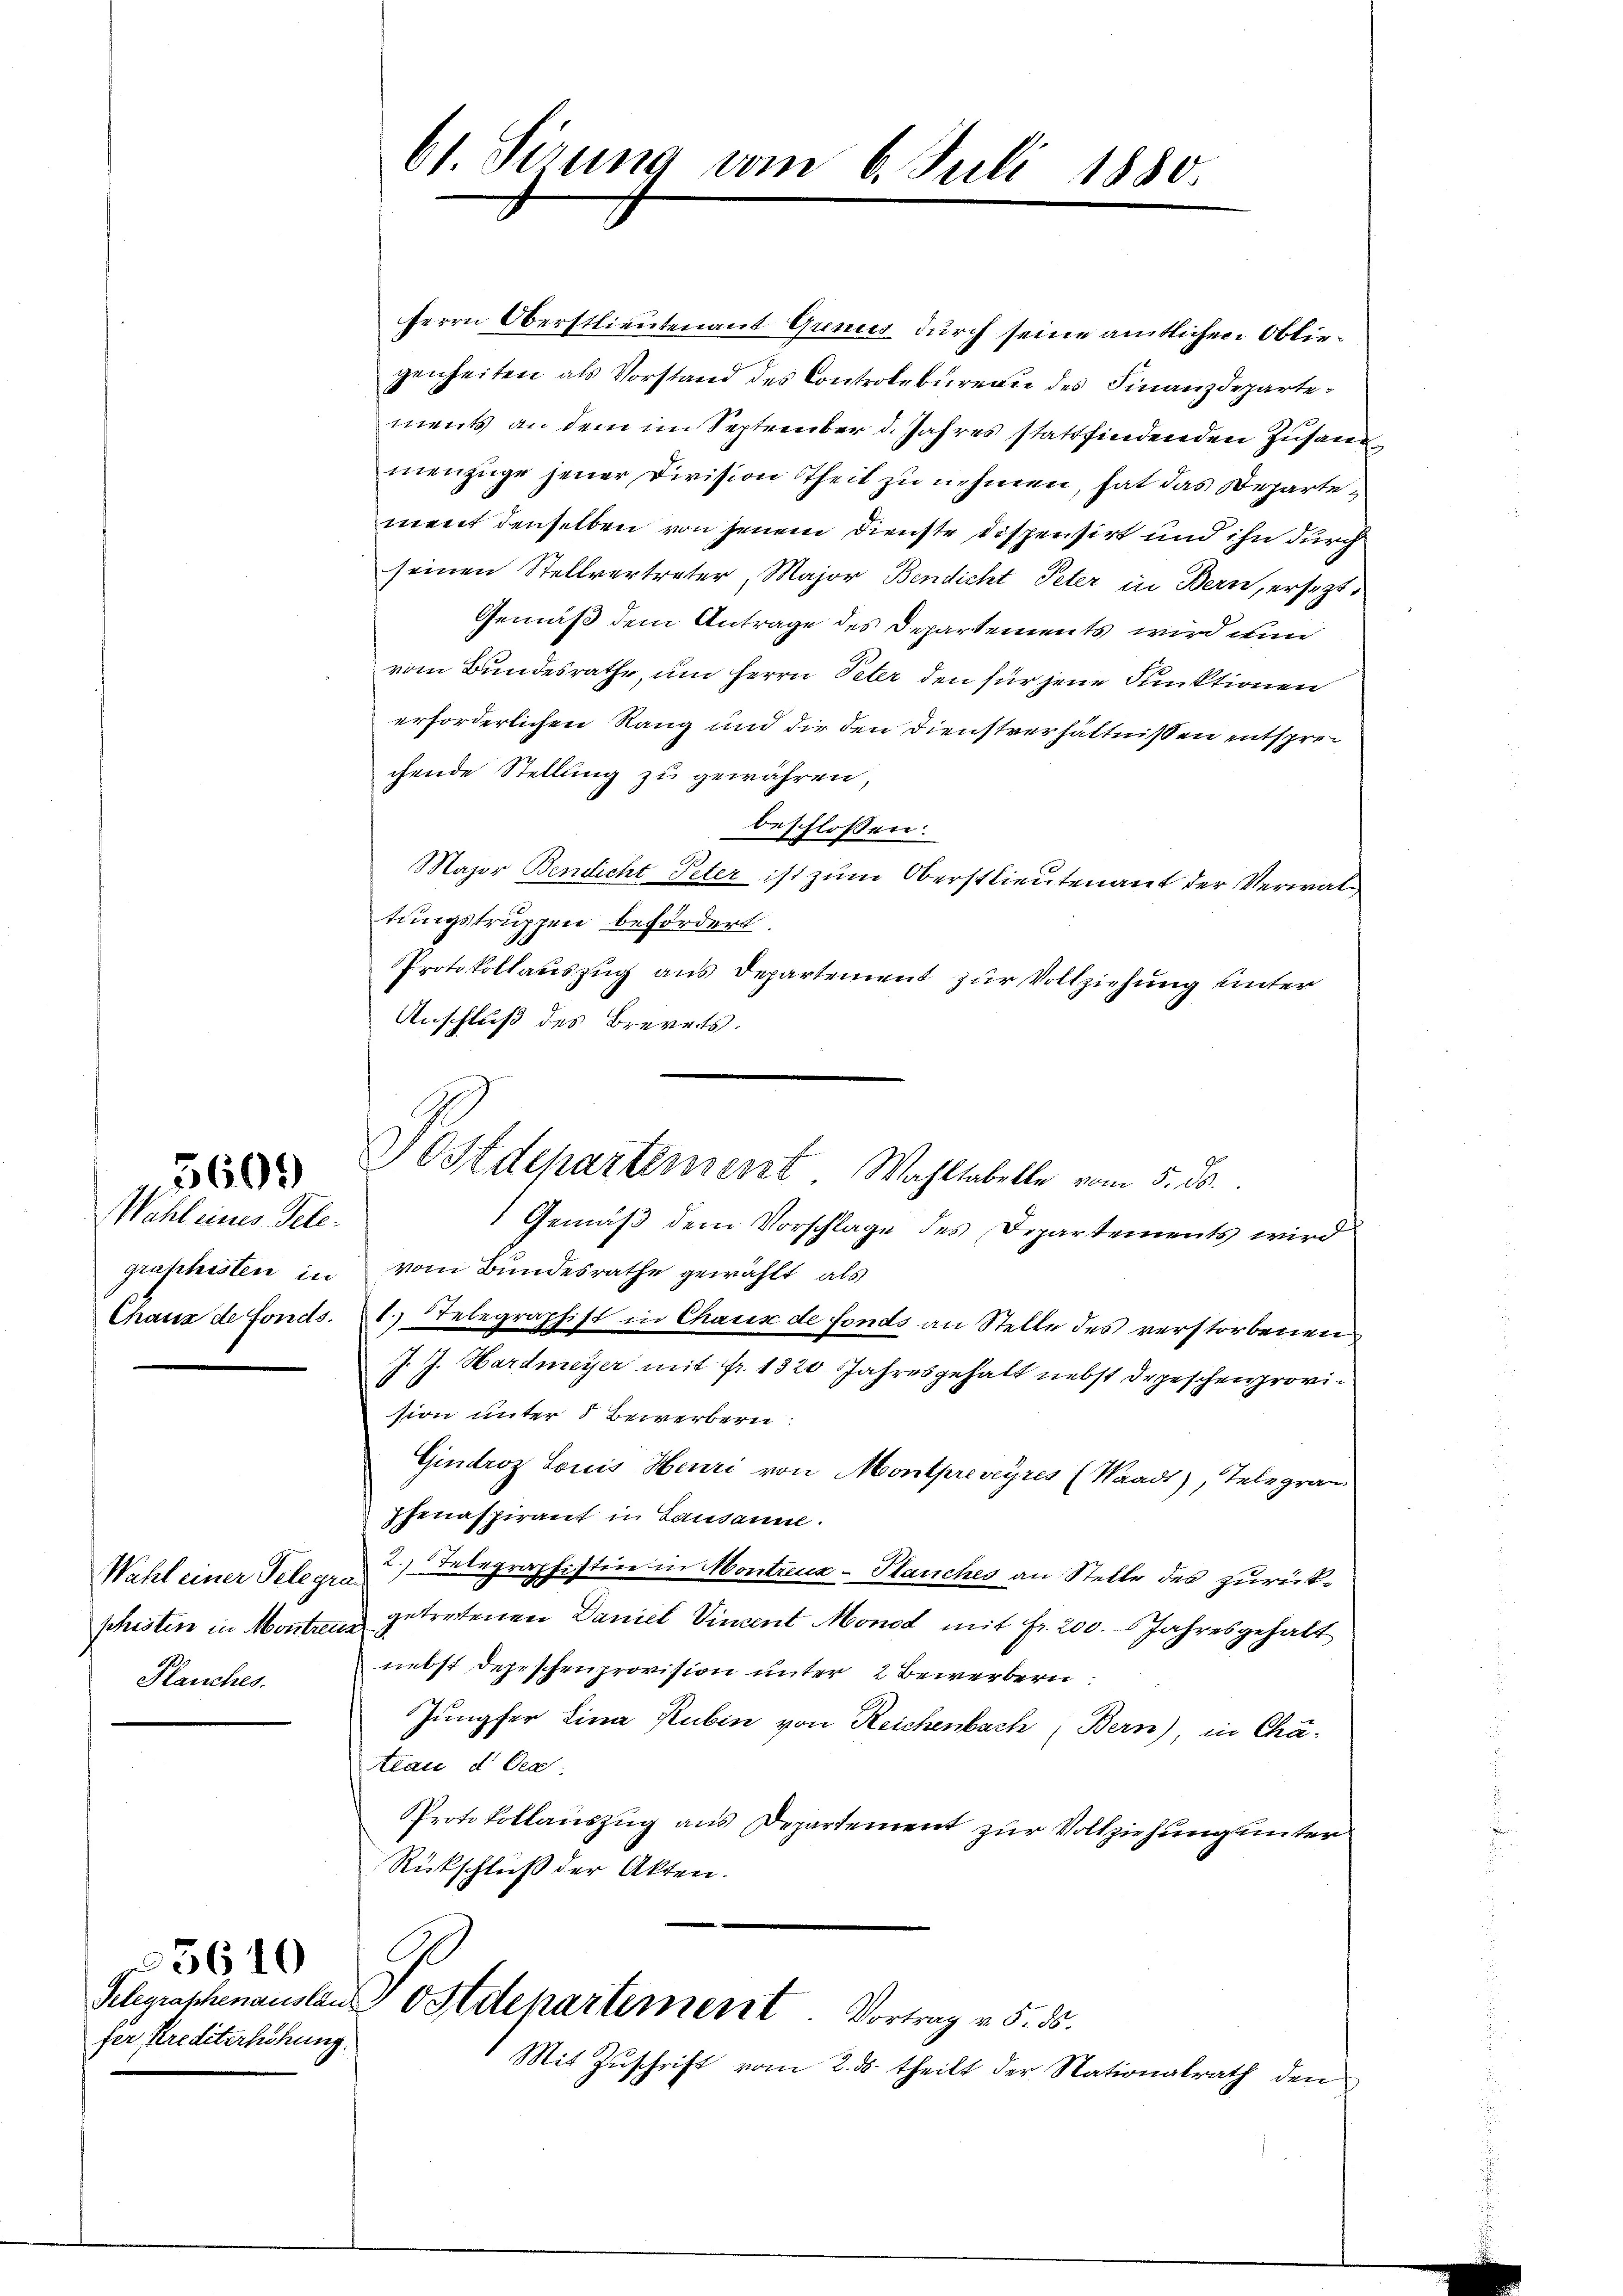
Wahl eines Telegraphisten in
Chaux de fonds.

560.

Wahl einer Telegra
phisten in Montreux
Plauches.

Telegraphenauslän
fer Krediterschung

25610

61. Sirung vom 6. Juli 1880.

IOstdepartement. Wahltabelle vom 5. ds.

Herrn Oberstlieutenant Grenis durch seine amtlichen Obliegenheiten als Vorstand des Controlbureau des Finanzdepartements an dem im September d. Jahres stattfindenden Zusandmenzüge jener Division Theil zu nehmen, hat das Departement denselben von jenem Dienste dispensirt und ihn durch
seinen Stellvertreter, Major Bendicht Peter in Bern, ersezt,
Gemäß dem Antrage des Departements wird nun
vom Bundesrathe, um Herrn Peter den für jene Funktionen
erforderlichen Rang und die den Dienstverhältnissen entsprechende Stellung zu gewähren,
beschlossen:
Major Bendicht Peter ist zum Oberstlieutenant der Verwal
tungstruppen befördert,
Protokollauszug aus Departement zur Vollziehung unter
Anschluß des Brevets.
1 Gemäß dem Vorschlage des Departements wird
vom Bundesrathe gewählt, als
1. Telegraphist in Chaus de fonds an Stelle des verstorbenen
J. J. Hardmeyer mit fr. 1320 Jahresgehalt nebst Depeschen provision unter 8 Bewerbern:
Giudroz Louis Heuri von Montpreveyres (Waadt, Telegran
Jenaspirant in Lausanne.
2. Telegraphistice in Montreuz-Planches an Stelle des zurückgetretenen Daniel Vincent Mond mit fr. 200. Jahresgehalt
nebst depeschenprovision unter 2 Bewerbern
Jungfer Lina Rubin von Reichenbach, Bern), in Chateau d Oea:
Protokollauszug aus Departement zur Vollziehung unter
Rückschluß der Akten.
Postdepartement. Vortrag v. 5. ds.
Mit Zuschrift vom 2. ds. theilt der Nationalrath den